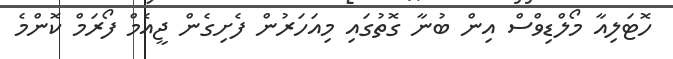
ހޮޓަލިއާ މޯލްޑިވްސް އިން ބުނާ ގޮތުގައި މިއަހަރުން ފެށިގެން ޖީއެމް ފޯރަމް ކޮންމެ